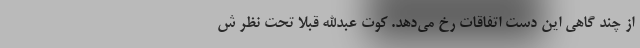
از چند گاهی این دست اتفاقات رخ می‌دهد. کوت عبدالله قبلا تحت نظر ش